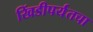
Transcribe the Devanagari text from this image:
खिंडीपर्यंतचा